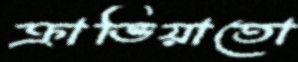
ক্রাভিয়াতো